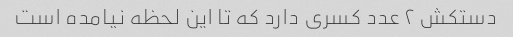
دستکش ٢ عدد کسری دارد که تا این لحظه نیامده است